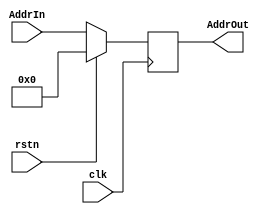
module PC(
    input clk,
    input rstn,
    input[31:0] AddrIn,
    output reg[31:0] AddrOut
);

always @ (posedge clk)
    begin
        if(!rstn)
            AddrOut <= AddrIn;
        else
            AddrOut <= 32'h0;
    end
    
endmodule